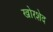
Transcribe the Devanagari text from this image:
खोरशेद